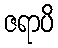
ဇရာပိ